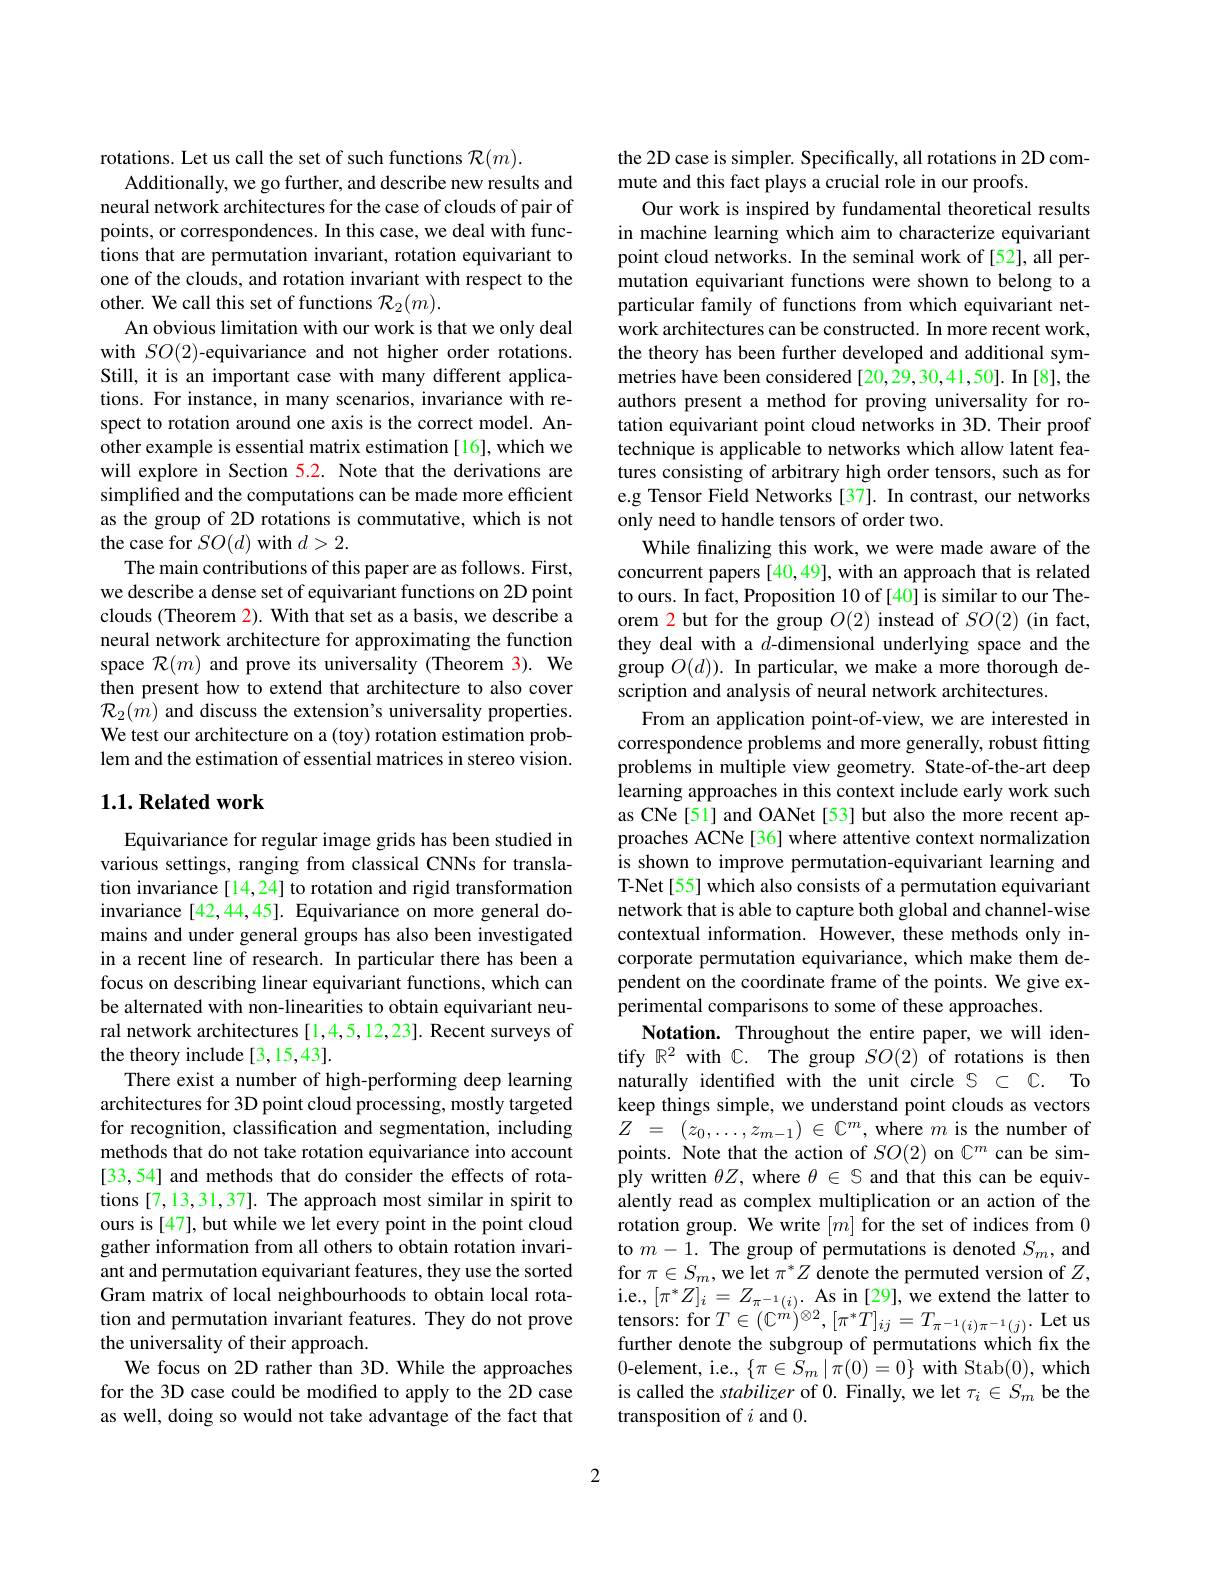
rotations. Let us call the set of such functions $\mathcal{R}(m).$
Additionally, we go further, and describe new results and neural network architectures for the case of clouds of pair of points, or correspondences. In this case, we deal with functions that are permutation invariant, rotation equivariant to one of the clouds, and rotation invariant with respect to the other. We call this set of functions $\mathcal{R}_2(m).$
An obvious limitation with our work is that we only deal with $SO(2)$-equivariance and not higher order rotations. Still, it is an important case with many different applications. For instance, in many scenarios, invariance with respect to rotation around one axis is the correct model. Another example is essential matrix estimation [16], which we will explore in Section 5.2. Note that the derivations are simplified and the computations can be made more efficient as the group of 2D rotations is commutative, which is not the case for $SO(d)$ with $d>2.$
The main contributions of this paper are as follows. First, we describe a dense set of equivariant functions on 2D point clouds (Theorem 2). With that set as a basis, we describe a neural network architecture for approximating the function space $\mathcal{R}(m)$ and prove its universality (Theorem 3). We then present how to extend that architecture to also cover $\mathcal{R}_2(\dot{m})$ and discuss the extension's universality properties. We test our architecture on a (toy) rotation estimation problem and the estimation of essential matrices in stereo vision.

## $1. 1. \textbf{Related work}$

Equivariance for regular image grids has been studied in various settings, ranging from classical CNNs for translation invariance[14,24] to rotation and rigid transformation invariance [42,44,45]. Equivariance on more general domains and under general groups has also been investigated in a recent line of research. In particular there has been a focus on describing linear equivariant functions, which can be alternated with non-linearities to obtain equivariant neural network architectures [1,4,5,12,23]. Recent surveys of the theory include [3,15,43].
There exist a number of high-performing deep learning architectures for 3D point cloud processing, mostly targeted for recognition, classification and segmentation, including methods that do not take rotation equivariance into account [33,54] and methods that do consider the effects of rotations [7,13,31,37]. The approach most similar in spirit to ours is [47], but while we let every point in the point cloud gather information from all others to obtain rotation invariant and permutation equivariant features, they use the sorted Gram matrix of local neighbourhoods to obtain local rotation and permutation invariant features. They do not prove the universality of their approach.
We focus on 2D rather than 3D. While the approaches for the 3D case could be modified to apply to the 2D case as well, doing so would not take advantage of the fact that

the 2D case is simpler. Specifically, all rotations in 2D com-
mute and this fact plays a crucial role in our proofs.
Our work is inspired by fundamental theoretical results in machine learning which aim to characterize equivariant point cloud networks. In the seminal work of [52], all permutation equivariant functions were shown to belong to a particular family of functions from which equivariant network architectures can be constructed. In more recent work, the theory has been further developed and additional symmetries have been considered [20,29,30,41,50]. In [8], the authors present a method for proving universality for rotation equivariant point cloud networks in 3D. Their proof technique is applicable to networks which allow latent features consisting of arbitrary high order tensors, such as for e.g Tensor Field Networks [37]. In contrast, our networks only need to handle tensors of order two.
While finalizing this work, we were made aware of the concurrent papers [40,49], with an approach that is related to ours. In fact, Proposition 10 of[40] is similar to our Theorem 2 but for the group $O(2)$ instead of $SO(2)$ (in fact, they deal with a $d$-dimensional underlying space and the group $O(d)).$ In particular, we make a more thorough description and analysis of neural network architectures.
From an application point-of-view, we are interested in correspondence problems and more generally, robust fitting problems in multiple view geometry. State-of-the-art deep learning approaches in this context include early work such as CNe[51] and OANet[53] but also the more recent approaches ACNe[36] where attentive context normalization is shown to improve permutation-equivariant learning and T-Net[55] which also consists of a permutation equivariant network that is able to capture both global and channel-wise contextual information. However, these methods only incorporate permutation equivariance, which make them dependent on the coordinate frame of the points. We give experimental comparisons to some of these approaches.
Notation. Throughout the entire paper, we will identify $\mathbb{R}^{2}$ with C. The group $SO(2)$ of rotations is then naturally identifed with the unit circle S C C. To keep things simple, we understand point clouds as vectors $Z$ = $( z_0, \ldots , z_{m- 1})$ $\in$ $\mathbb{C} ^m$,where $m$ is the number of points. Note that the action of $SO(2)$ on C$^m$ can be simply written $\theta Z$, where $\theta\in S$ and that this can be equivalently read as complex multiplication or an action of the rotation group. We write $[m]$ for the set of indices from 0 to $m-1.$ The group of permutations is denoted $S_m$, and for $\pi\in S_m$,we let $\pi^*Z$ denote the permuted version of $Z$, i.e., $[\pi^{*}Z]_{i}=Z_{\pi^{-1}(i)}.$ As in [29], we extend the latter to $\begin{array}{c}{\mathrm{tensors:~for~}T\in(\mathbb{C}^{\grave{m}})^{\otimes2},[\pi^{*}T]_{ij}=T_{\pi^{-1}(i)\pi^{-1}(j)}.~\mathrm{Let~us}}\\{\mathrm{cr~}}\end{array}$ further denote the subgroup of permutations which fix the 0-element, i.e.,$\{\pi\in S_{m}\mid\pi(0)=0\}$with Stab(0),which is called the stabilizer of 0. Finally, we let $\tau_i\in S_m$ be the transposition of $i$ and 0.

2